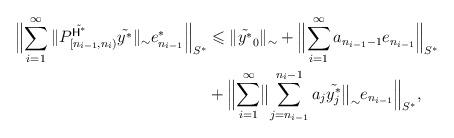
LaTeX: \begin{align*} \Bigl\|\sum_{i=1}^\infty \|P^{\tilde{\textsf{H}^*}}_{[n_{i-1}, n_i)}\tilde{y^*}\|_\sim e^*_{n_{i-1}}\Bigr\|_{S^*} & \leqslant \|\tilde{y^*}_0\|_\sim + \Bigl\|\sum_{i=1}^\infty a_{n_{i-1}-1}e_{n_{i-1}}\Bigr\|_{S^*} \\ & + \Bigl\|\sum_{i=1}^\infty \bigl\|\sum_{j=n_{i-1}}^{n_i-1}a_j\tilde{y^*_j}\bigr\|_\sim e_{n_{i-1}}\Bigr\|_{S^*}, \end{align*}